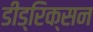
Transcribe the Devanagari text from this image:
डीड्रिक्सन